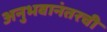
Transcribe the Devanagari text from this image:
अनुभवानंतरची